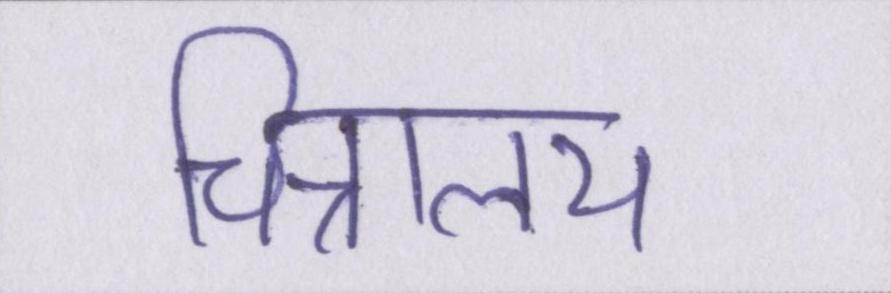
चित्रालय